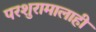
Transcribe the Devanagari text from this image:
परशुरामालाही